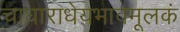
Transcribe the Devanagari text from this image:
चाधाराधेयभावमूलकं